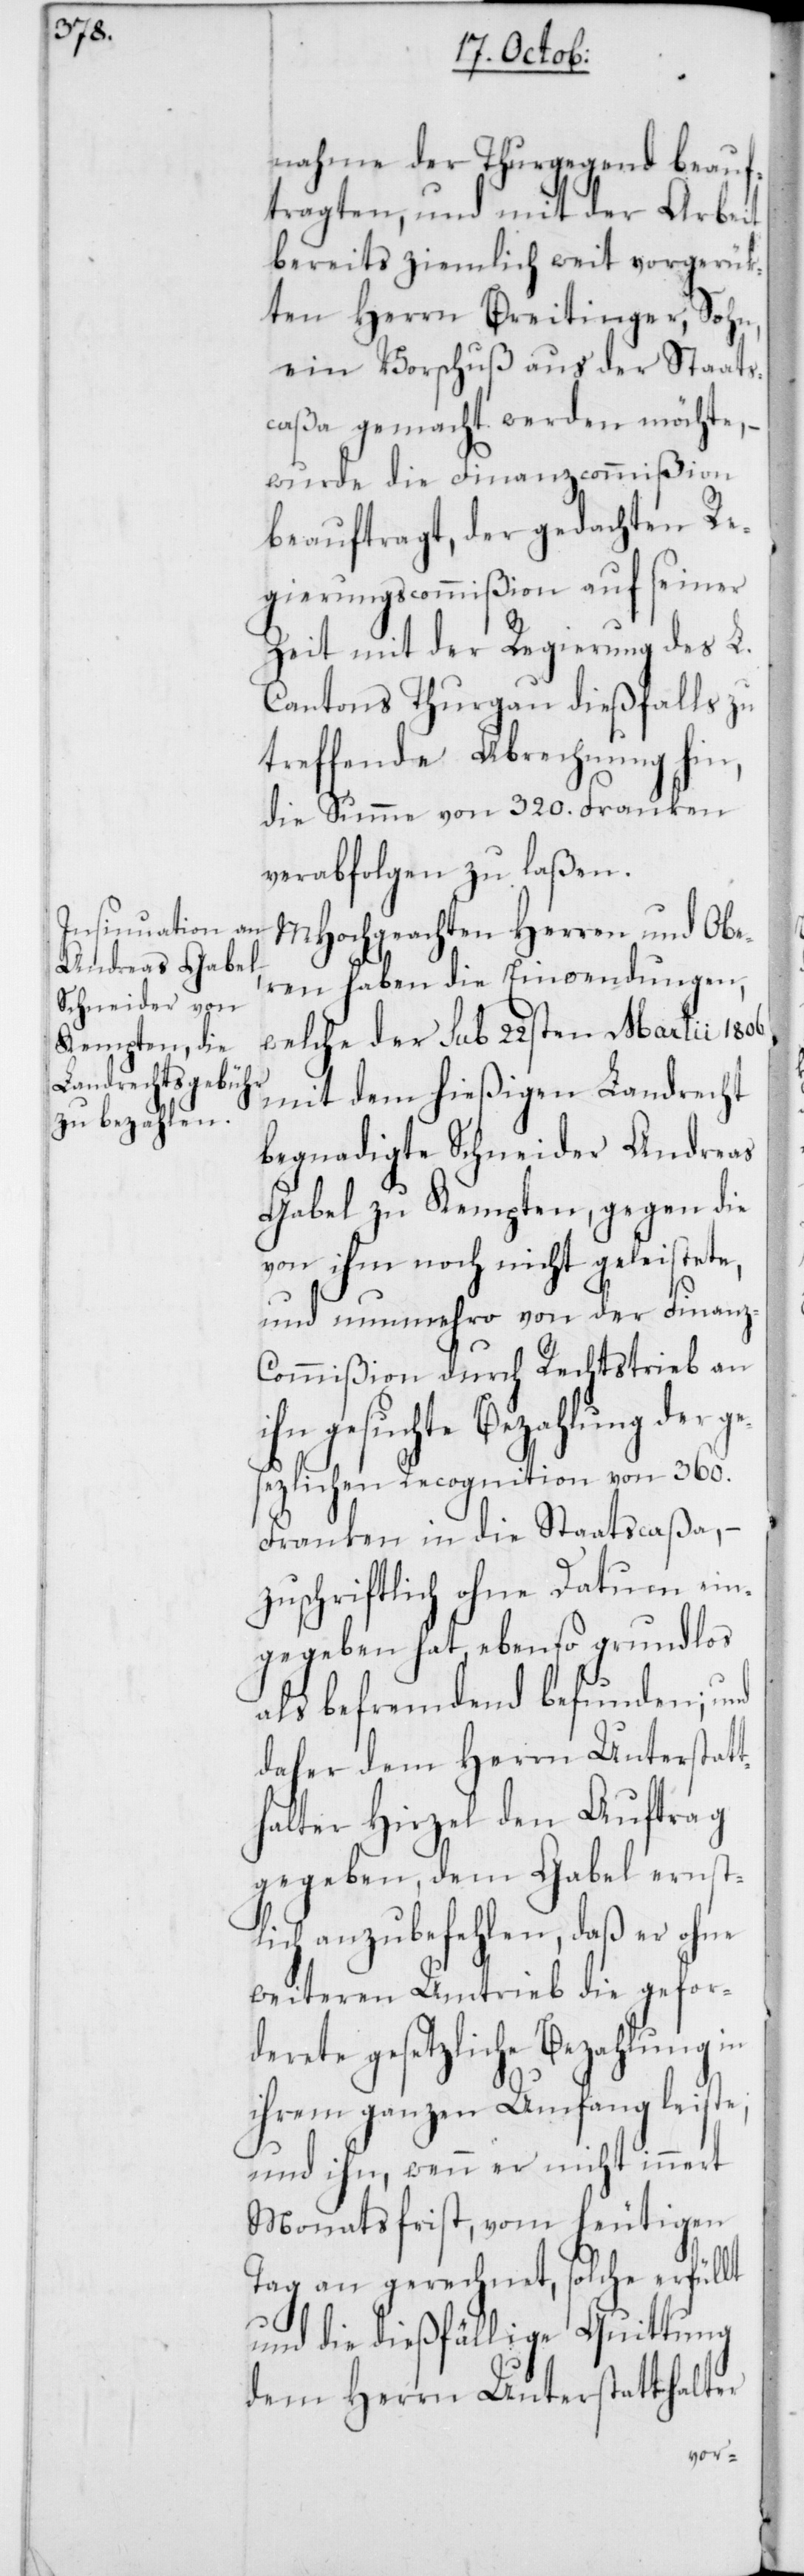
nahme der Thurgegend beauf¬
tragten, und mit der Arbeit
bereits ziemlich weit vorgerük¬
ten Herrn Breitinger, Sohn,
ein Vorschuß aus der Staats¬
caßa gemacht werden möchte, –
wurde die Finanzcommißion
beauftragt, der gedachten Re¬
gierungscommißion auf seiner
Zeit mit der Regierung des L.
Cantons Thurgau dießfalls zu
treffende Abrechnung hin,
die Summe von 320. Franken
verabfolgen zu laßen.
MHochgeachten Herren und Obe¬
ren haben die Einwendungen,
welche der sub 22sten Martii 1806
mit dem hießigen Landrecht
begnadigte Schneider Andreas
Gabel zu Kempten, gegen die
von ihm noch nicht geleistete,
und numehro von der Finanz-C¬
ommißion durch Rechtstrieb an
gesuchte Bezahlung der
gesezlichen Recognition von 360.
Franken in die Staatscaßa, –
zuschriftlich ohne Datum ein¬
gegeben hat, ebenso grundlos
als befremdend befunden; und
daher dem Herrn Unterstatt¬
halter Hirzel den Auftrag
gegeben, dem Gabel ernst¬
lich anzubefehlen, daß er ohne
weiteren Umtrieb die gefor¬
derete gesetzliche Bezahlung in
ihrem ganzen Umfang leiste;
und ihn, wenn er nicht innert
Monatsfrist, vom heutigen
Tag an gerechnet, solche erfüllt
und die dießfällige Quittung
dem Herrn Unterstatthalter